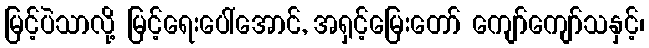
မြင့်ပဲသာလို့ မြင့်ရေးပေါ်အောင်, အရှင့်မြေးတော် ကျော်ကျော်သနှင့်၊